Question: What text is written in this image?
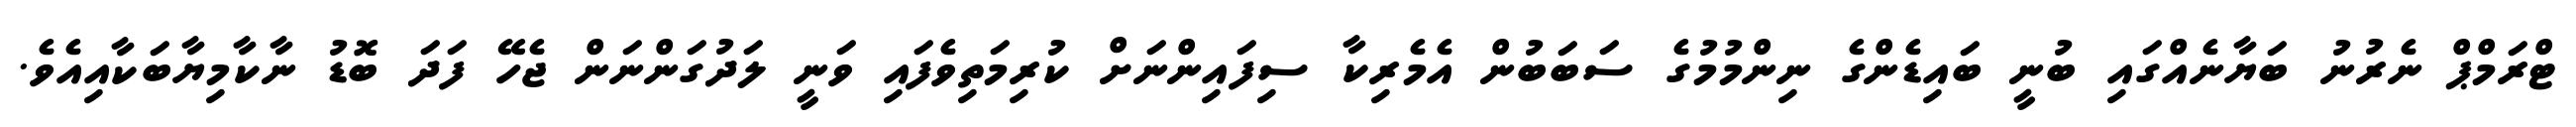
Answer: ޓްރަމްޕް ނެރުނު ބަޔާނެއްގައި ބުނީ ބައިޑެންގެ ނިންމުމުގެ ސަބަބުން އެމެރިކާ ސިފައިންނަށް ކުރިމަތިވެފައި ވަނީ ލަދުގަންނަން ޖެހޭ ފަދަ ބޮޑު ނާކާމިޔާބަކާއިއެވެ.